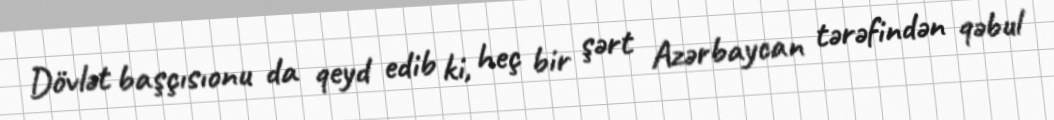
Dövlət başçısıonu da qeyd edib ki, heç bir şərt Azərbaycan tərəfindən qəbul